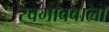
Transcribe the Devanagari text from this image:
स्वभाववाला